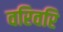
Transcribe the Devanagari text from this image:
वरिवरि